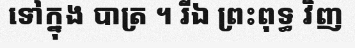
ទៅក្នុង បាត្រ ។ រីឯ ព្រះពុទ្ធ វិញ